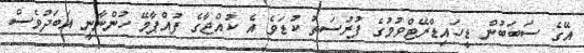
އޭގެ ސަބަބުން ޑީހައިޑްރޭޓްވުމުގެ ފުރުސަތު ކުޑަވެ އެ ކުއްޖާގެ ފުއްޕާމޭ ހުންނާނީ އަބަދުވެސް